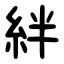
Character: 絆